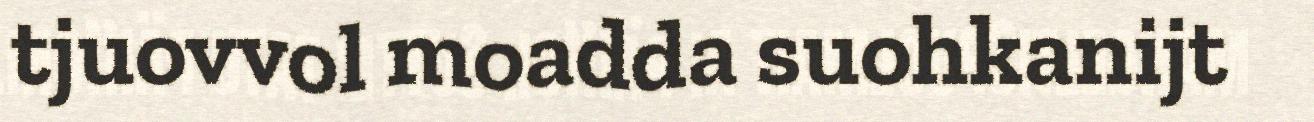
tjuovvol moadda suohkanijt